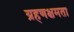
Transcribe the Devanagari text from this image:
ग्रहणक्षमता